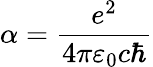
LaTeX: \alpha=\frac{e^{2}}{4\pi\varepsilon_{0}c\hbar}